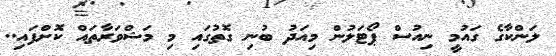
ލަންކާގެ ގައުމީ ނިއުސް ޕޯޓަލުން މިއަދު ބުނި ގޮތުގައި މި މަޝްވަރާތައް ކޮށްފައި..